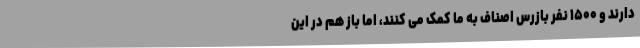
دارند و ۱۵۰۰ نفر بازرس اصناف به ما کمک می کنند، اما باز هم در این